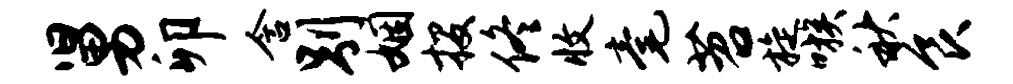
舅卯含别姻投佟收毫苕旋嗾秋食